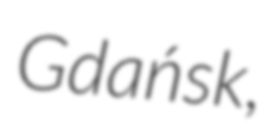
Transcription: Gdańsk,